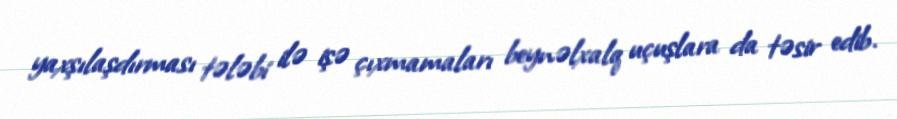
yaxşılaşdırması tələbi ilə işə çıxmamaları beynəlxalq uçuşlara da təsir edib.